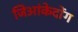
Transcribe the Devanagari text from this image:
जिआंकेदोंग